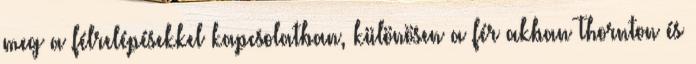
meg a félrelépésekkel kapcsolatban, különösen a férﬁakban Thornton és